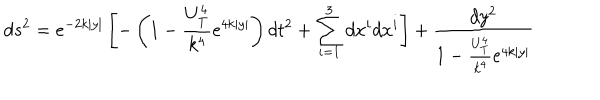
d s ^ { 2 } = e ^ { - 2 k | y | } \left[ - \left( 1 - \frac { U _ { T } ^ { 4 } } { k ^ { 4 } } e ^ { 4 k | y | } \right) d t ^ { 2 } + \sum _ { i = 1 } ^ { 3 } d x ^ { i } d x ^ { i } \right] + \frac { d y ^ { 2 } } { 1 - \frac { U _ { T } ^ { 4 } } { k ^ { 4 } } e ^ { 4 k | y | } }